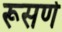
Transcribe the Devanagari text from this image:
रूसणे